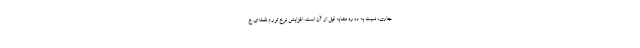
جاری، نسبت به دوره مشابه قبل از آن است. افزایش نرخ تورم نقطه‌ای خ